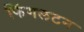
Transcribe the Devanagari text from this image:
फिंगलटन